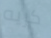
كريه